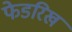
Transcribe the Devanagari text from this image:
फेडरिख